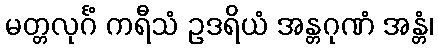
မတ္တလုင်္ဂံ ကရီသံ ဥဒရိယံ အန္တဂုဏံ အန္တံ၊